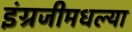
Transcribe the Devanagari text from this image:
इंग्रजीमधल्या